Leningradi_Edasi_toimetus, lk 37
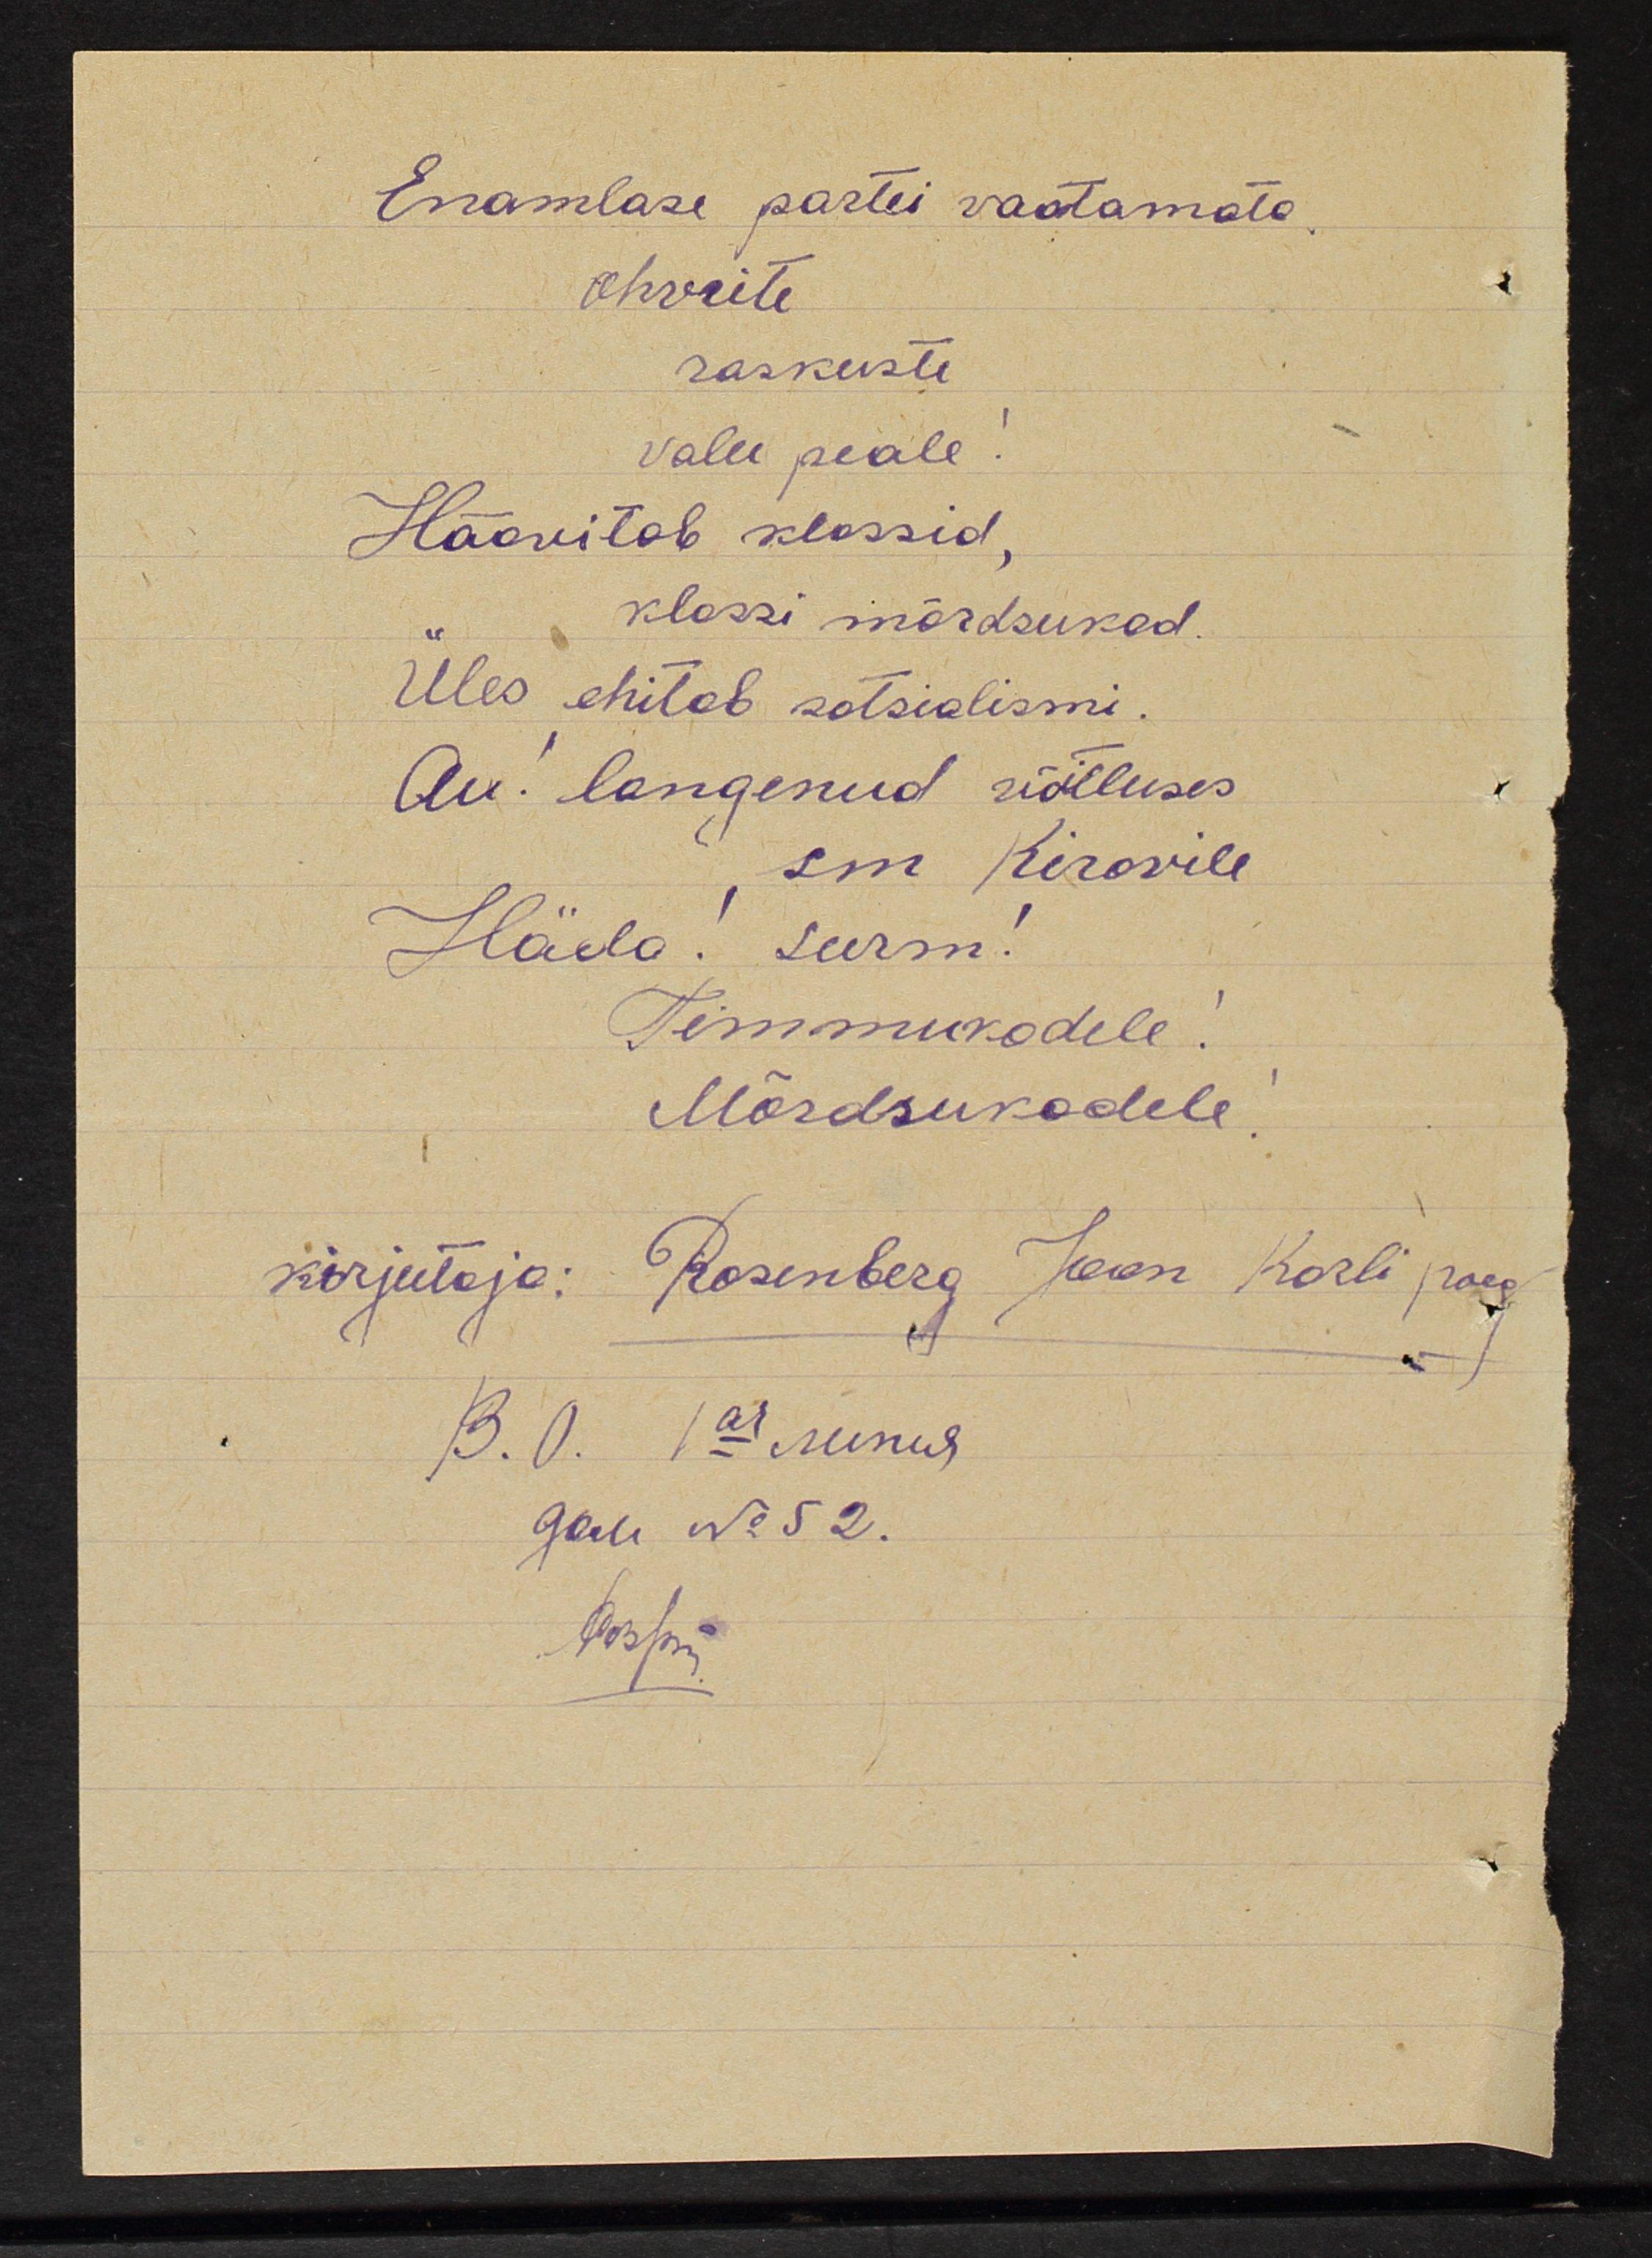
Enamlase partei vaatamata
ohvrite
raskuste
valu peale!
Häävitab klassid,
klassi mõrdsukad.
Üles ehitab sotsialismi.
Au! langenud võitluses
,sm Kirovile
Häda! surm!
Timmukatele!
Kirjutaja: Rosenberg Jaan Karli poeg
Mõrdsukadele!
В.О. 1ая линия
дом No: 52.